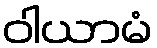
ဝါယာမံ